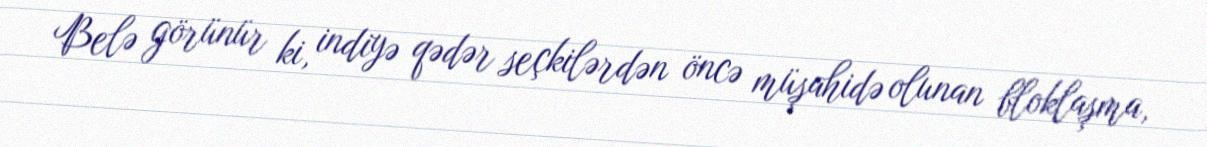
Belə görünür ki, indiyə qədər seçkilərdən öncə müşahidə olunan bloklaşma,